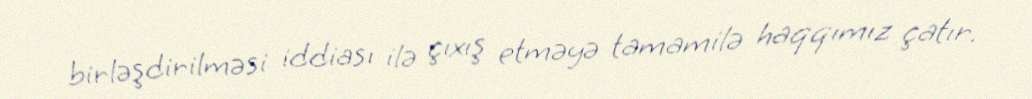
birləşdirilməsi iddiası ilə çıxış etməyə tamamilə haqqımız çatır.